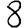
Digit: 8